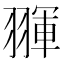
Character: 𦑩